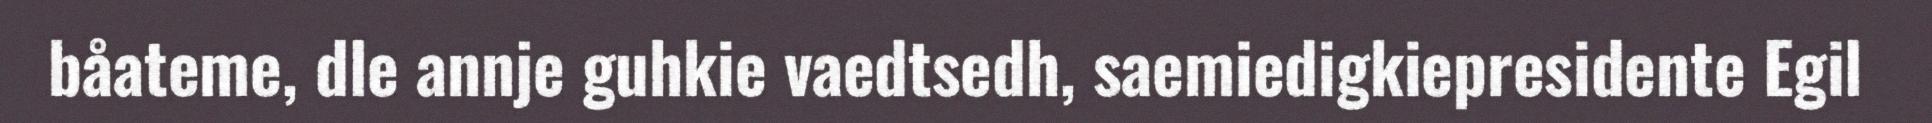
båateme, dle annje guhkie vaedtsedh, saemiedigkiepresidente Egil